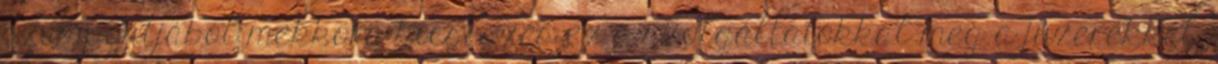
szempontjából mekkora kicseszés ez a szolgáltatókkal meg a júzerekkel.